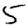
Digit: 5